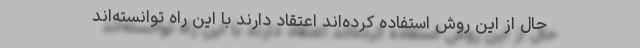
حال از این روش استفاده کرده‌اند اعتقاد دارند با این راه توانسته‌اند